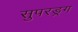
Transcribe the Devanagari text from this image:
सुपरड्रग